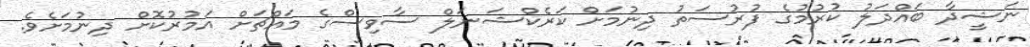
ނަޝީދާ ބައްދަލު ކުރުމުގެ ފުރުސަތު ދިނުމަށް ކަރެކްޝަނަލް ސާވިސްގެ މައްޗަށް އަމުރުކޮށް ދިނުމަށެވެ.